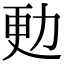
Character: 𠡣